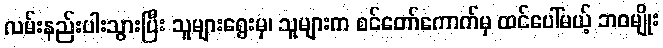
လမ်းနည်းပါးသွားပြီး သူများရွေးမှ၊ သူများက စင်တော်ကောက်မှ ထင်ပေါ်မယ့် ဘဝမျိုး